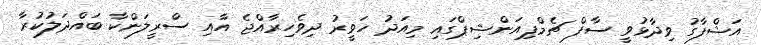
އަޝްފާގު ވިދާޅުވީ ސާފް ޗެމްޕިއަންޝިޕްގައި މިއަދު ހަވީރު ދިވެހިރާއްޖެ އާއި ސްރީލަންކާ ބައްދަލުކުރާ